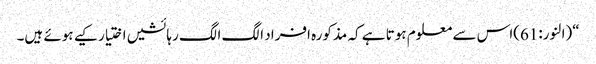
“(النور:61)اس سے معلوم ہوتا ہے کہ مذکورہ افراد الگ الگ رہائشیں اختیار کیے ہوئے ہیں۔